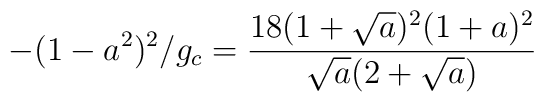
-(1-a^{2})^{2}/g_{c} = {18 (1 + {\sqrt{a}})^{2}(1+a)^{2} \over   {{\sqrt{a}}(2+{\sqrt{a}})}}